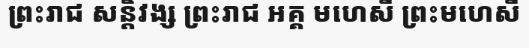
ព្រះរាជ សន្តិវង្ស ព្រះរាជ អគ្គ មហេសី ព្រះមហេសី